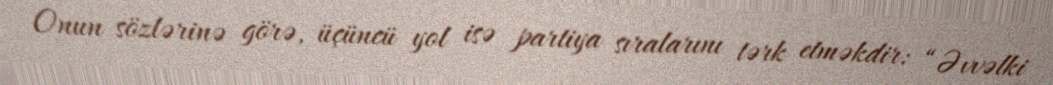
Onun sözlərinə görə, üçüncü yol isə partiya sıralarını tərk etməkdir: “Əvvəlki